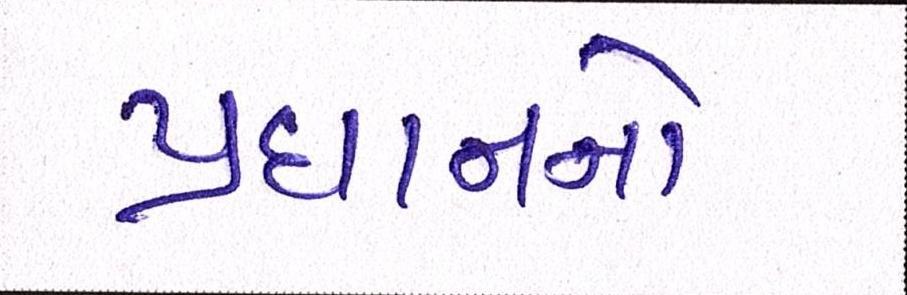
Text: પ્રધાનનો